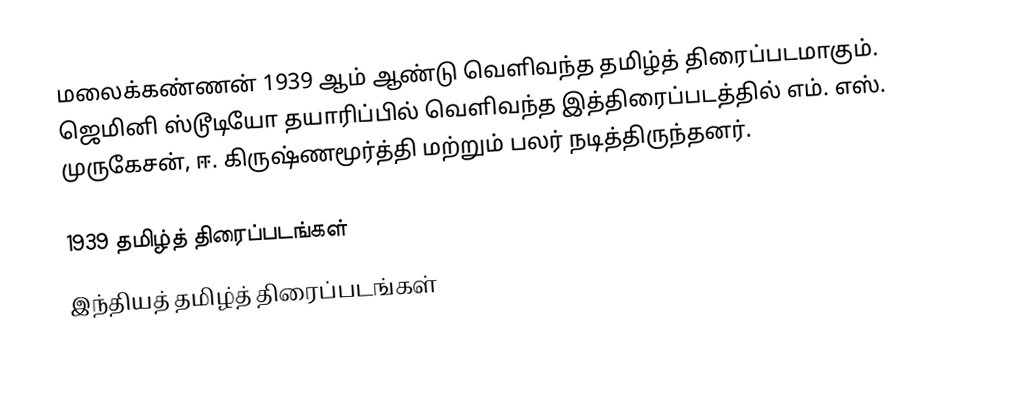
மலைக்கண்ணன் 1939 ஆம் ஆண்டு வெளிவந்த தமிழ்த் திரைப்படமாகும். ஜெமினி ஸ்டூடியோ தயாரிப்பில் வெளிவந்த இத்திரைப்படத்தில் எம். எஸ். முருகேசன், ஈ. கிருஷ்ணமூர்த்தி மற்றும் பலர் நடித்திருந்தனர்.

1939 தமிழ்த் திரைப்படங்கள்
இந்தியத் தமிழ்த் திரைப்படங்கள்